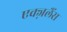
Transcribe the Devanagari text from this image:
एक्ज़लैंस